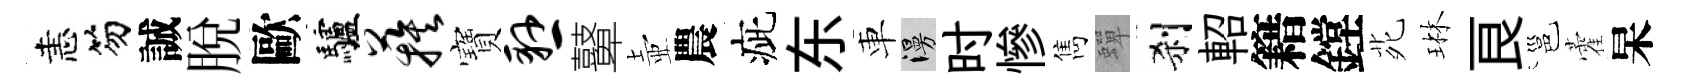
恚笏誠脱歐驢蔟寶悬鼙壺農疵东車漫时慘雋蟬刹軺籍鏜𫟍琳良邕藿杲